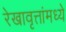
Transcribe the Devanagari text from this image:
रेखावृत्तांमध्ये